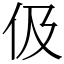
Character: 伋